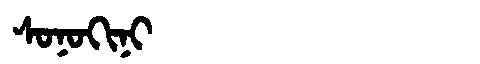
Manchu: ᠰᠣᠨᠣᡴᡳᠨᡳ
Romanization: SONOKINI